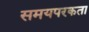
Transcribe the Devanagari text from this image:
समयपरकता